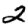
Digit: 2